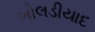
ખોલડીયાદ